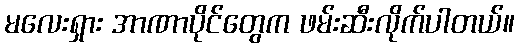
မလေးရှား အာဏာပိုင်တွေက ဖမ်းဆီးလိုက်ပါတယ်။